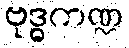
ဗုဒ္ဓကဏ္ဍ